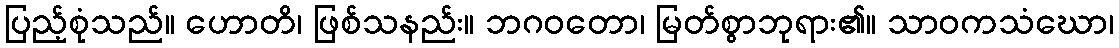
ပြည့်စုံသည်။ ဟောတိ၊ ဖြစ်သနည်း။ ဘဂဝတော၊ မြတ်စွာဘုရား၏။ သာဝကသံဃော၊